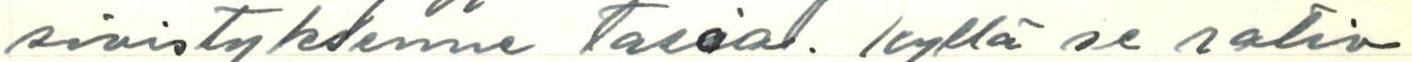
sivistyksenne tasoa. Kyllä se ratio